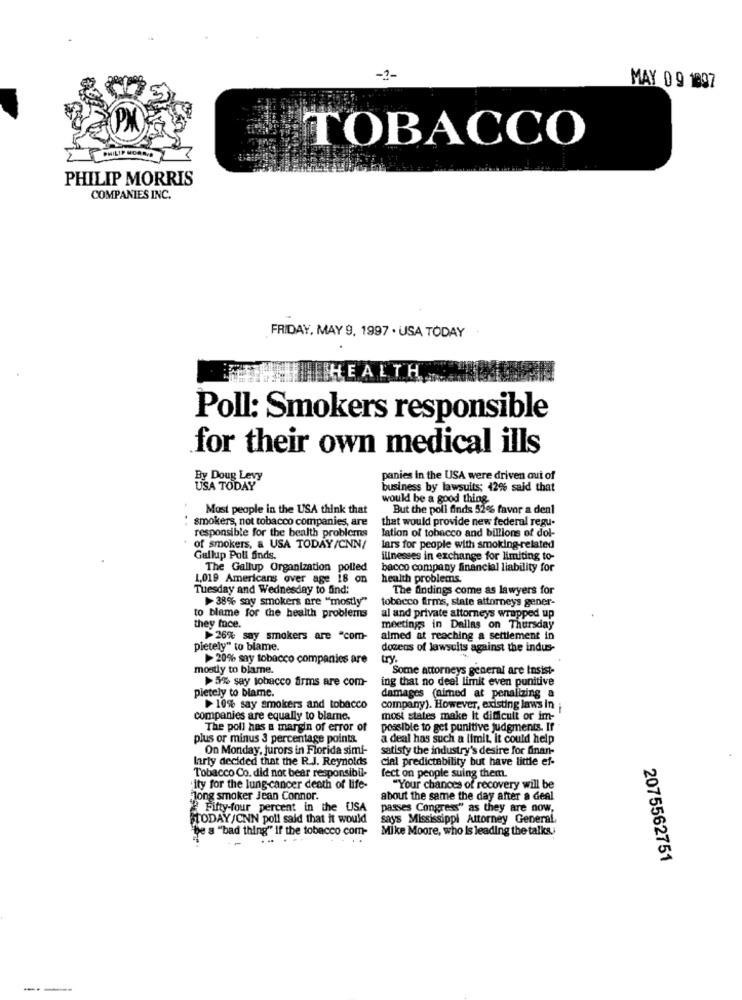
MAY 0 9 1997
TOBACCO
PHIL
PHILIP MORRIS
COMPANIES INC.
FRIDAY, MAY 9, 1997 . USA TODAY.
HEALTH
Poll: Smokers responsible
for their own medical ills
By Doug Levy
panies in the USA were driven out of
USA TODAY
business by lawsuits; 42% said that
would be a good thing
Most people in the USA think that
But the poll finds 52% favor a deal
that would provide new federal regu-
responsible for the bealth problems
smokers, not tobacco companies, are
lation of tobacco and billions of dol-
of smokers, a USA TODAY/CNN/
lars for people with smoking-related
Gallup Poll finds.
illnesses in exchange for limiting to-
The Gallup Organization polled
bacco company financial liability for
1,019 Americans over age 18 on
health problems.
Tuesday and Wednesday to find:
The findings come as lawyers for
38% say smokers are "mostly"
tobecco firms, state attorneys gener-
to blame for the health problems
al and private attorneys wrapped up
they face.
meetings in Dallas on Thursday
26% say smokers are "com-
almed at reaching a settlement in
pietely" to blame.
dozens of lawsuits against the indus-
20% say tobacco companies are
try.
mostly to blame.
Some attorneys general are Insist-
>5% say tobacco firms are com-
ing that no deal limit even punitive
pietely to blame.
damages (aimed at penalizing a
10% say smokers and tobacco
company). However, existing laws in ;
companies are equally to blame.
most states make It difficult or im-
The poll has a margin of error of
possible to get punitive judgments. If
plus or minus 3 percentage pointa.
a deal has such a limit, it could help
On Monday, Jurors in Florida simi-
satisfy the industry's desire for finan-
larly decided that the R.J. Reynolds
cial predictability but have little ef-
Tobacco Co. did not bear responsibil-
fect on people suing them.
ity for the lung cancer death of life-
"Your chances of recovery will be
long smoker Jean Connor.
about the same the day after a deal
Fifty-four percent in the USA
passes Congress" as they are now,
HODAY/CNN poll said that it would
says Mississippi Attorney General,
be a "bad thing" if the tobacco com-
Mike Moore, who Is leading the talks;
2075562751